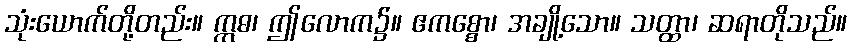
သုံးယောက်တို့တည်း။ ဣဓ၊ ဤလောက၌။ ဧကစ္စော၊ အချို့သော။ သတ္ထာ၊ ဆရာတိုသည်။